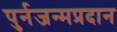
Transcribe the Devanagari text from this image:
पुर्नजन्मप्रदान